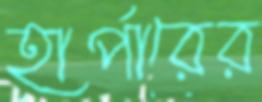
হার্পারের